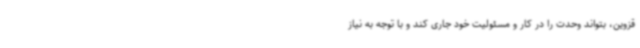
قزوین، بتواند وحدت را در کار و مسئولیت خود جاری کند و با توجه به نیاز